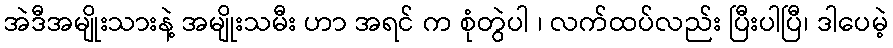
အဲဒီအမျိုးသားနဲ့ အမျိုးသမီး ဟာ အရင် က စုံတွဲပါ ၊ လက်ထပ်လည်း ပြီးပါပြီ၊ ဒါပေမဲ့